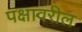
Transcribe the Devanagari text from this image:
पक्षावरील